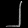
Digit: ၂